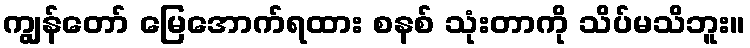
ကျွန်တော် မြေအောက်ရထား စနစ် သုံးတာကို သိပ်မသိဘူး။